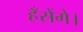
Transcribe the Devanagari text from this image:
हँसेंगे।